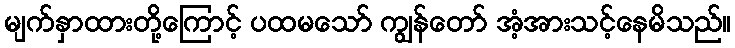
မျက်နှာထားတို့ကြောင့် ပထမသော် ကျွန်တော် အံ့အားသင့်နေမိသည်။